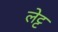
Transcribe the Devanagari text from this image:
लेट्ट